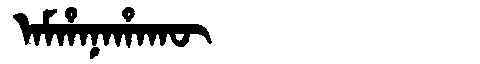
Manchu: ᠠᠮᡥᠠᠨᠠᡥᠠᡴᡡ
Romanization: AMHANAHAKŪ